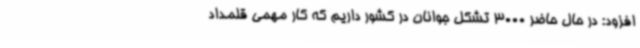
افزود: در حال حاضر 3000 تشکل جوانان در کشور داریم که کار مهمی قلمداد